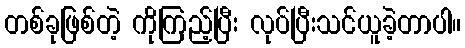
တစ်ခုဖြစ်တဲ့ ကိုကြည့်ပြီး လုပ်ပြီးသင်ယူခဲ့တာပါ။